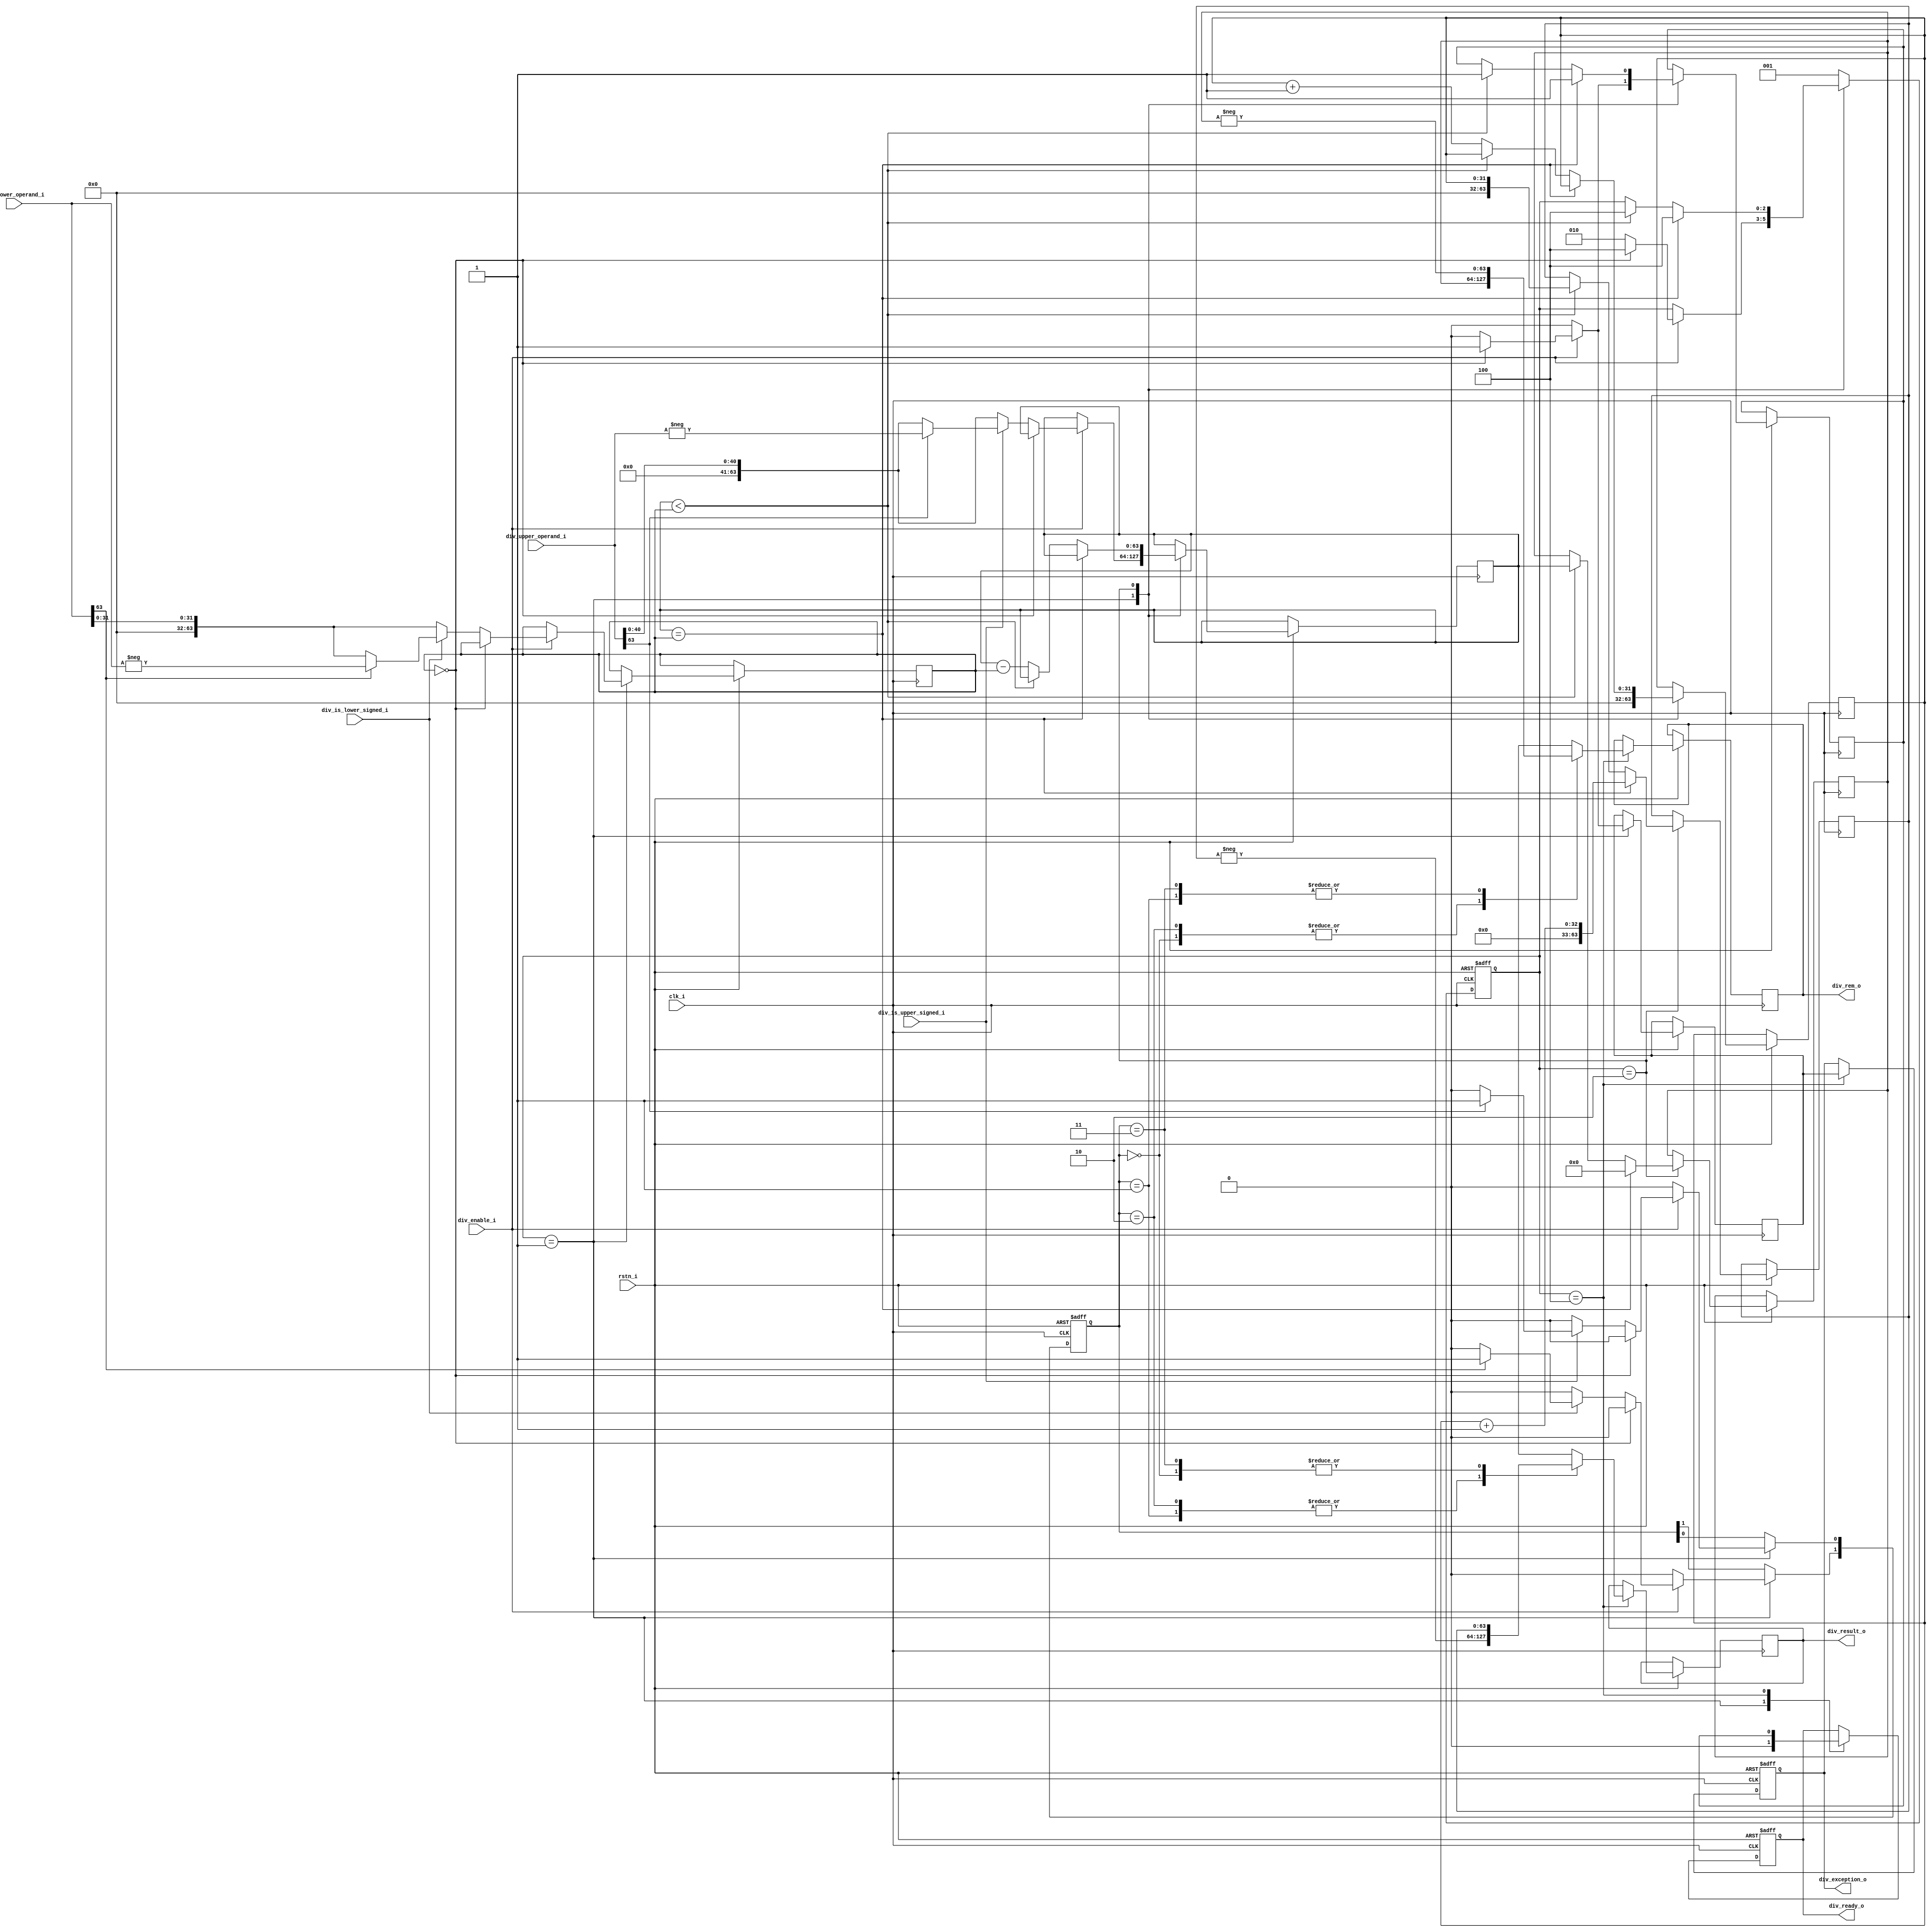
module mystic_divider(
   input   wire          clk_i,
   input   wire          rstn_i,
   input   wire          div_enable_i,
   input   wire          div_is_upper_signed_i,
   input   wire          div_is_lower_signed_i,
   input   wire [63:0]   div_upper_operand_i,
   input   wire [63:0]   div_lower_operand_i,
   output  reg  [63:0]   div_result_o,
   output  reg  [63:0]   div_rem_o,
   output  reg           div_ready_o,
   output  reg           div_exception_o
);

reg [2:0] state;
localparam S_IDLE        = 3'b001;
localparam S_DIVIDE      = 3'b010;
localparam S_DONE        = 3'b100;

reg  [31:0] cntr;

reg  [63:0]   div_upper_operand_int;
reg  [63:0]   div_lower_operand_int;
reg           div_enable_int;
reg  [63:0]   div_result_int;
reg  [63:0]   div_rem_int;
reg           div_ready_int;
reg           div_exception_int;

reg  [1:0]    div_polarity;

always @(posedge clk_i, negedge rstn_i) begin
    if (!rstn_i) begin
        state               <= S_IDLE;
        div_ready_o         <= 1'b0;
        div_exception_o     <= 1'b0;
        div_polarity        <= 2'b00;
    end else begin

        case(state) 
            S_IDLE: begin
                div_ready_int       <= 1'b0;
                div_ready_o         <= 1'b0;
                div_exception_int   <= 1'b0;
                div_polarity        <= 2'b00;
                cntr                <= 0;
                if (div_enable_i) begin
                    if (div_lower_operand_int == {64{1'b0}}) begin
                        div_exception_int       <= 1'b1;
                        div_ready_int           <= 1'b1;
                        state                   <= S_DONE;
                    end else begin 
                        state                   <= S_DIVIDE;
                        div_upper_operand_int   <= {{24{1'b0}}, div_upper_operand_i[40:0]};
                        div_lower_operand_int   <= {{32{1'b0}}, div_lower_operand_i[31:0]};
                        // div_upper_operand_int   <= div_upper_operand_i;
                        // div_lower_operand_int   <= div_lower_operand_i;
                        if (div_is_upper_signed_i) begin
                            if (div_upper_operand_i[63]) begin
                                div_upper_operand_int   <= $unsigned(-div_upper_operand_i);
                                div_polarity[0]         <= 1'b1;                                    
                            end
                        end
                        
                        if (div_is_lower_signed_i) begin 
                            if (div_lower_operand_i[63]) begin
                                div_lower_operand_int   <= $unsigned(-div_lower_operand_i);
                                div_polarity[1]         <= 1'b1;                                    
                            end
                        end
                    end
                end
            end

            S_DIVIDE: begin
                if (div_upper_operand_int == div_lower_operand_int) begin
                    div_result_int          <= cntr + 1;
                    div_rem_int             <= 0;
                    div_ready_int           <= 1'b1;
                    state                   <= S_DONE;
                end else if (div_upper_operand_int < div_lower_operand_int) begin
                    div_result_int          <= cntr;
                    div_rem_int             <= div_upper_operand_int;
                    div_ready_int           <= 1'b1;
                    state                   <= S_DONE;
                end else begin 
                    div_upper_operand_int   <= div_upper_operand_int - div_lower_operand_int;
                    cntr                    <= cntr + 1;
                end
            end

            S_DONE: begin
                div_ready_o             <= div_ready_int;
                div_exception_o         <= div_exception_int;
                state                   <= S_IDLE;
                case (div_polarity) 
                    2'b00: begin
                        div_result_o    <= div_result_int;
                        div_rem_o       <= div_rem_int;
                    end
                    2'b01: begin
                        div_result_o    <= $unsigned(-div_result_int);
                        div_rem_o       <= $unsigned(-div_rem_int);
                    end
                    2'b10: begin
                        div_result_o    <= $unsigned(-div_result_int);
                        div_rem_o       <= div_rem_int;
                    end
                    2'b11: begin
                        div_result_o    <= div_result_int;
                        div_rem_o       <= $unsigned(-div_rem_int);   
                    end
                endcase
            end

            default: begin
                state   <= S_IDLE;
            end
            
        endcase
    end
end
endmodule